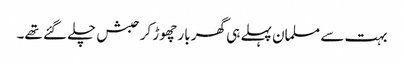
بہت سے مسلمان پہلے ہی گھر بار چھوڑ کر حبش چلے گئے تھے۔